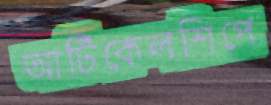
আর্টিকেলশিপে